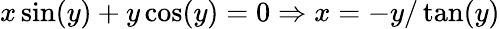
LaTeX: x\sin(y)+y\cos(y)=0\Rightarrow x=-y/\tan(y)